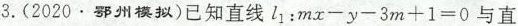
3.(2020·部州模拟)已知直线l1：$$ m x - y - 3 m + 1 = 0 $$ 与直